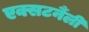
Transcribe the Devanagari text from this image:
एक्सटर्नैली